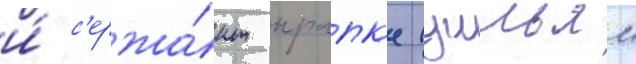
и́ с'ержа́нт крапк'е (уильям